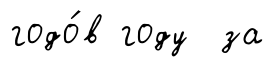
годо́в году за